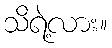
သိရဲ့လား။